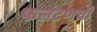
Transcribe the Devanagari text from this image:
फलटणची